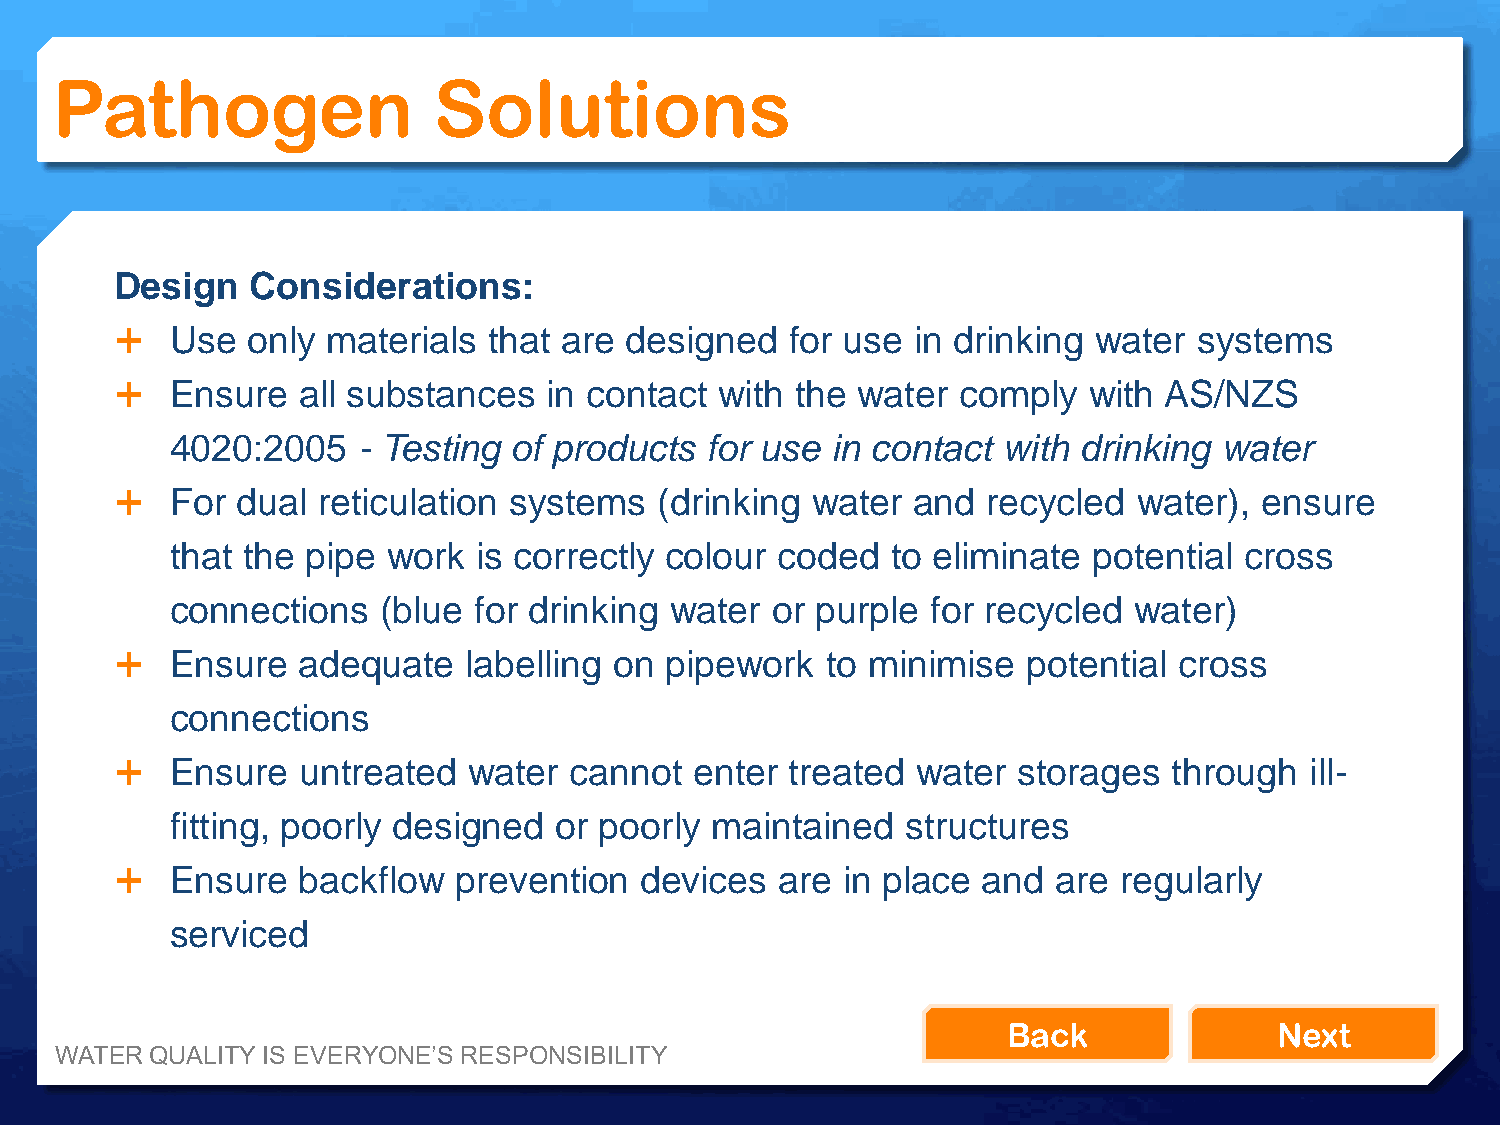
Pathogen                  Solutions
 Design  Considerations:
   Use  only  materials that are designed   for use in drinking water  systems
   Ensure   all substances  in contact  with the water  comply  with AS/NZS
 4020:2005    - Testing of products  for use in contact with drinking  water
   For  dual reticulation systems   (drinking water and  recycled  water),  ensure
 that the pipe  work  is correctly colour coded  to eliminate potential cross
 connections   (blue for drinking water  or purple  for recycled water)
   Ensure   adequate   labelling on pipework   to minimise  potential cross
 connections
   Ensure   untreated  water  cannot  enter treated  water storages   through  ill-
 fitting, poorly designed  or poorly maintained   structures
   Ensure   backflow  prevention  devices   are in place and  are regularly
 serviced
 Back              Next
 WATER QUALITY IS EVERYONE’S RESPONSIBILITY